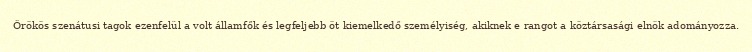
Örökös szenátusi tagok ezenfelül a volt államfők és legfeljebb öt kiemelkedő személyiség, akiknek e rangot a köztársasági elnök adományozza.